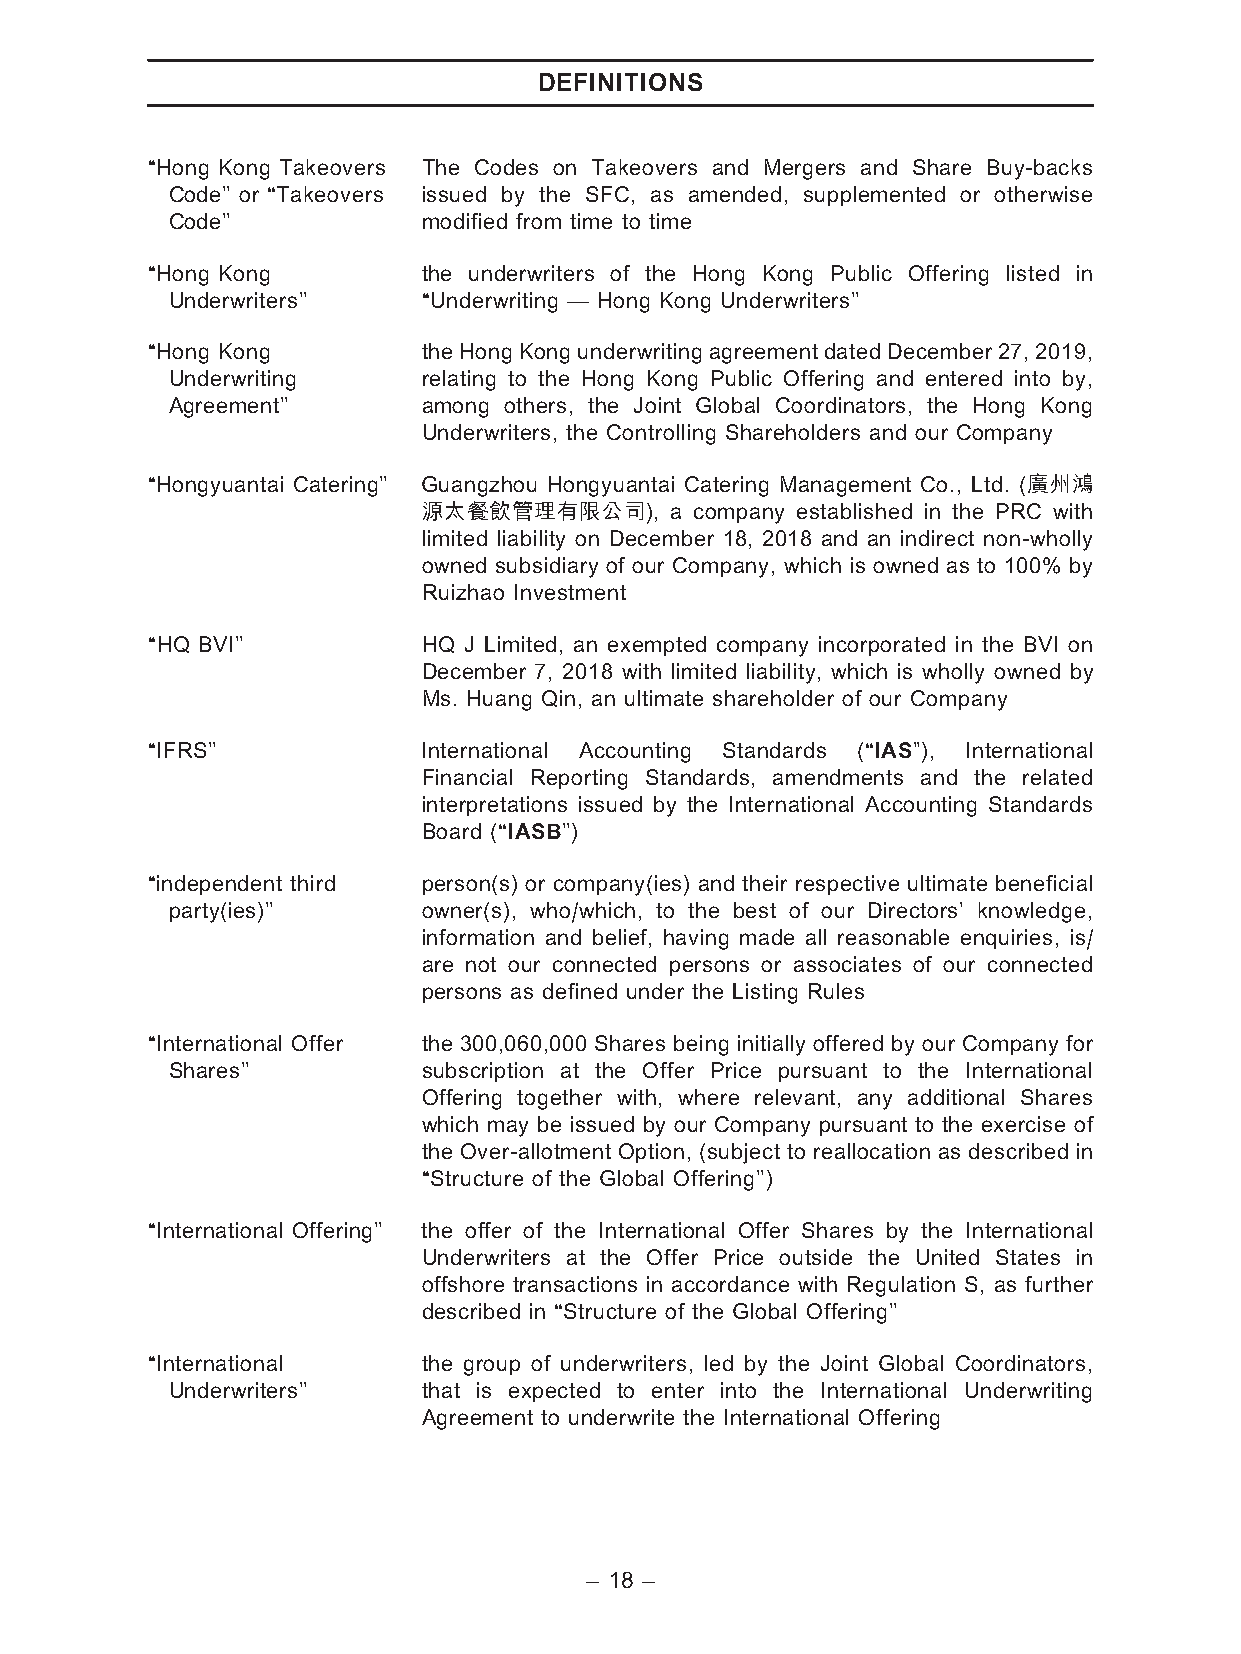
DEFINITIONS
 ‘‘Hong Kong Takeovers The Codes on Takeovers and Mergers and Share Buy-backs
 Code’’ or ‘‘Takeovers issued by the SFC, as amended, supplemented or otherwise
 Code’’           modified from time to time
 ‘‘Hong Kong       the underwriters of the Hong Kong Public Offering listed in
 Underwriters’’   ‘‘Underwriting — Hong Kong Underwriters’’
 ‘‘Hong Kong       the HongKong underwritingagreement datedDecember27,2019,
 Underwriting     relating to the Hong Kong Public Offering and entered into by,
 Agreement’’      among others, the Joint Global Coordinators, the Hong Kong
 Underwriters, the Controlling Shareholders and our Company
 ‘‘Hongyuantai Catering’’ Guangzhou Hongyuantai Catering Management Co., Ltd. (廣州鴻
 源太餐飲管理有限公司),    a company established in the PRC with
 limited liability on December 18, 2018 and an indirect non-wholly
 owned subsidiary of our Company, which is owned as to 100% by
 Ruizhao Investment
 ‘‘HQ BVI’’        HQ J Limited, an exempted company incorporated in the BVI on
 December 7, 2018 with limited liability, which is wholly owned by
 Ms. Huang Qin, an ultimate shareholder of our Company
 ‘‘IFRS’’          International Accounting Standards (‘‘IAS’’), International
 Financial Reporting Standards, amendments and the related
 interpretations issued by the International Accounting Standards
 Board (‘‘IASB’’)
 ‘‘independent third person(s) or company(ies) and their respective ultimate beneficial
 party(ies)’’     owner(s), who/which, to the best of our Directors’ knowledge,
 information and belief, having made all reasonable enquiries, is/
 are not our connected persons or associates of our connected
 persons as defined under the Listing Rules
 ‘‘International Offer the 300,060,000 Shares being initially offered by our Company for
 Shares’’         subscription at the Offer Price pursuant to the International
 Offering together with, where relevant, any additional Shares
 which may be issued by our Company pursuant to the exercise of
 the Over-allotment Option, (subject to reallocation as described in
 ‘‘Structure of the Global Offering’’)
 ‘‘International Offering’’ the offer of the International Offer Shares by the International
 Underwriters at the Offer Price outside the United States in
 offshore transactions in accordance with Regulation S, as further
 described in ‘‘Structure of the Global Offering’’
 ‘‘International   the group of underwriters, led by the Joint Global Coordinators,
 Underwriters’’   that is expected to enter into the International Underwriting
 Agreement to underwrite the International Offering
 – 18 –